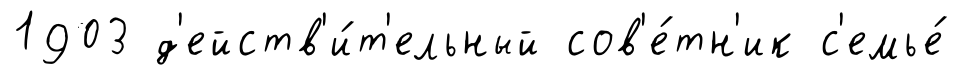
1903 д'ейств'и́т'ельный сов'е́тн'ик с'емье́